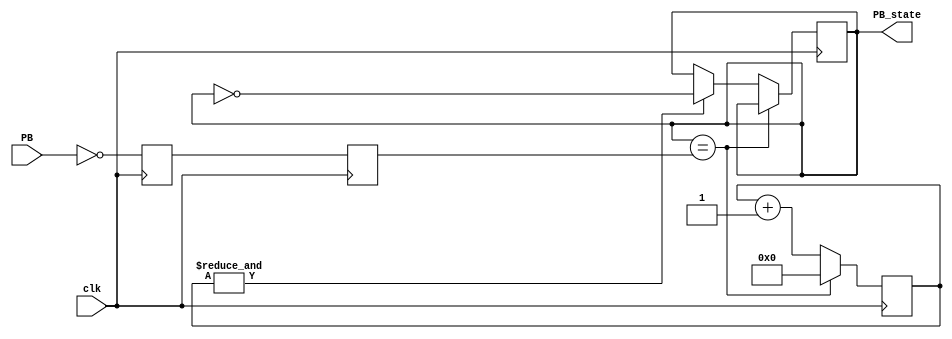
`timescale 1ns / 1ps
//////////////////////////////////////////////////////////////////////////////////
// Company: 
// Engineer: 
// 
// Design Name: 
// Module Name: debouncer
// Project Name: 
// Target Devices: 
// Tool Versions: 
// Description: 
// 
// Dependencies: 
// 
// Revision:
// Revision 0.01 - File Created
// Additional Comments:
// 
//////////////////////////////////////////////////////////////////////////////////


module debouncer(
    input clk,
    input PB,
    output reg PB_state
    );
    reg PB_sync_0;  always @(posedge clk) PB_sync_0 <= ~PB; 
    reg PB_sync_1;  always @(posedge clk) PB_sync_1 <= PB_sync_0;
    reg [15:0] PB_cnt;
    wire PB_idle = (PB_state==PB_sync_1);
    wire PB_cnt_max = &PB_cnt;
    
    always @(posedge clk)
        if(PB_idle)
            PB_cnt <= 0;  // nothings going on
        else begin
            PB_cnt <= PB_cnt + 16'd1;  // somethings going on, increment
            if(PB_cnt_max) PB_state <= ~PB_state;
        end
endmodule